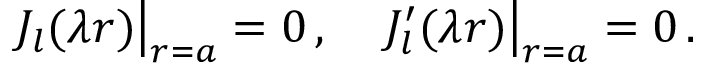
\left. J _ { l } ( \lambda r ) \right| _ { r = a } = 0 \, { , } \quad \left. J _ { l } ^ { \prime } ( \lambda r ) \right| _ { r = a } = 0 \, { . }